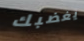
يغضبك